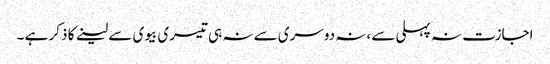
اجازت نہ پہلی سے ،نہ دوسری سے نہ ہی تیسری بیوی سے لینے کا ذکر ہے ۔